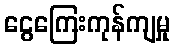
ငွေကြေးကုန်ကျမှု